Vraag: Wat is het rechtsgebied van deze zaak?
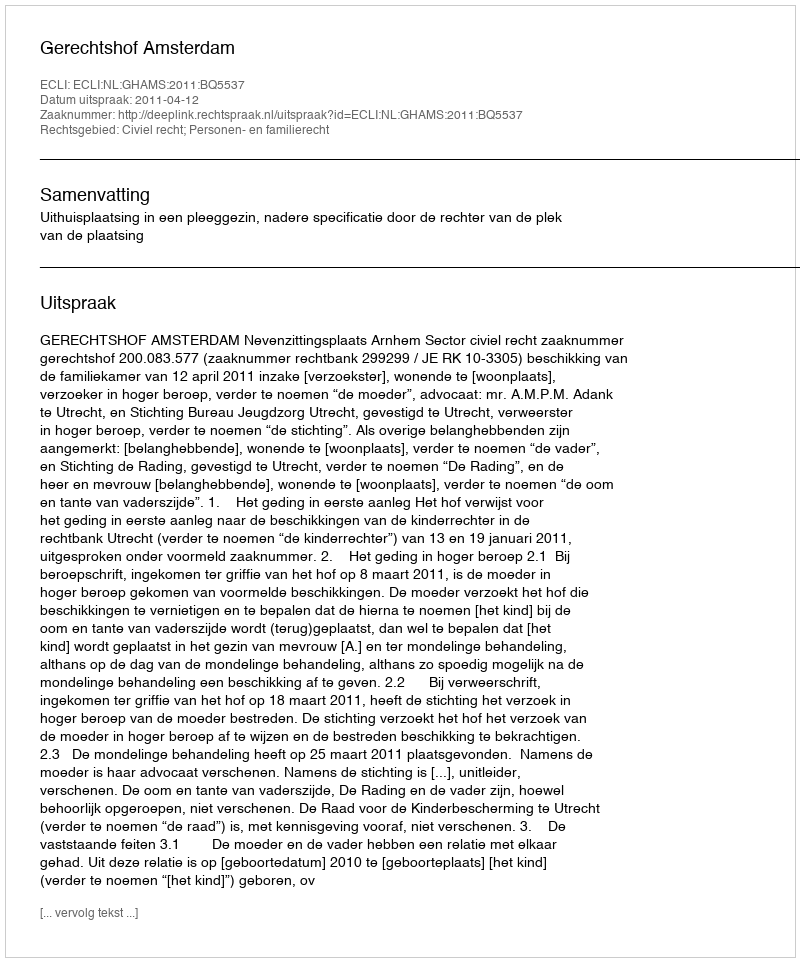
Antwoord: Civiel recht; Personen- en familierecht